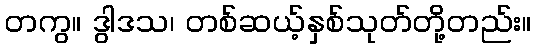
တကွ။ ဒွါဒသ၊ တစ်ဆယ့်နှစ်သုတ်တို့တည်း။